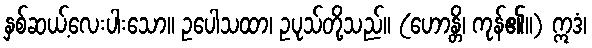
နှစ်ဆယ့်လေးပါးသော။ ဥပေါသထာ၊ ဥပုသ်တို့သည်။ (ဟောန္တိ၊ ကုန်၏။) ဣဒံ၊